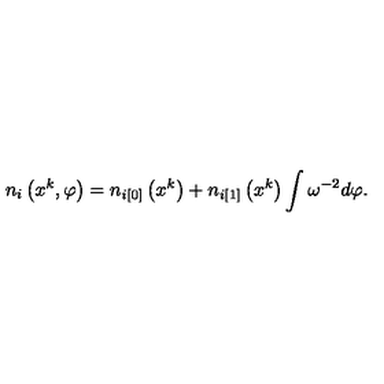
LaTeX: n _ { i } \left( x ^ { k } , \varphi \right) = n _ { i [ 0 ] } \left( x ^ { k } \right) + n _ { i [ 1 ] } \left( x ^ { k } \right) \int \omega ^ { - 2 } d \varphi .